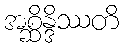
အစ္ဆိန္ဒိဿတိ